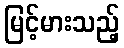
မြင့်မားသည့်